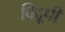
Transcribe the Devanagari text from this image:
विद्रूपी